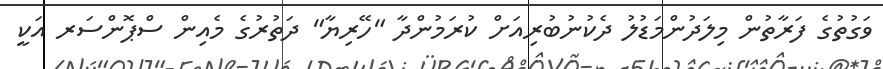
ވަގުތުގެ ފަރާތުން މިލަދުންމަޑުލު ދެކުނުބުރިއަށް ކުރަމުންދާ "ހޭރިޔާ" ދަތުރުގެ މެއިން ސްޕޮންސަރ އަކީ